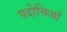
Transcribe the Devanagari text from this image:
पदोक्तियाँ